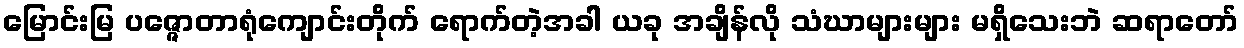
မြောင်းမြ ပဇ္ဇောတာရုံကျောင်းတိုက် ရောက်တဲ့အခါ ယခု အချိန်လို သံဃာများများ မရှိသေးဘဲ ဆရာတော်